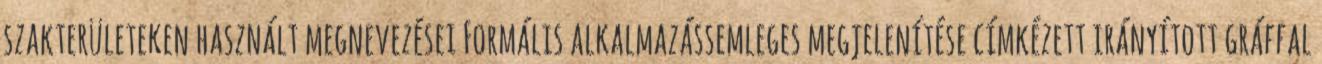
szakterületeken használt megnevezései Formális alkalmazássemleges megjelenítése címkézett irányított gráffal